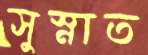
সুস্নাত